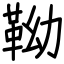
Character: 靿